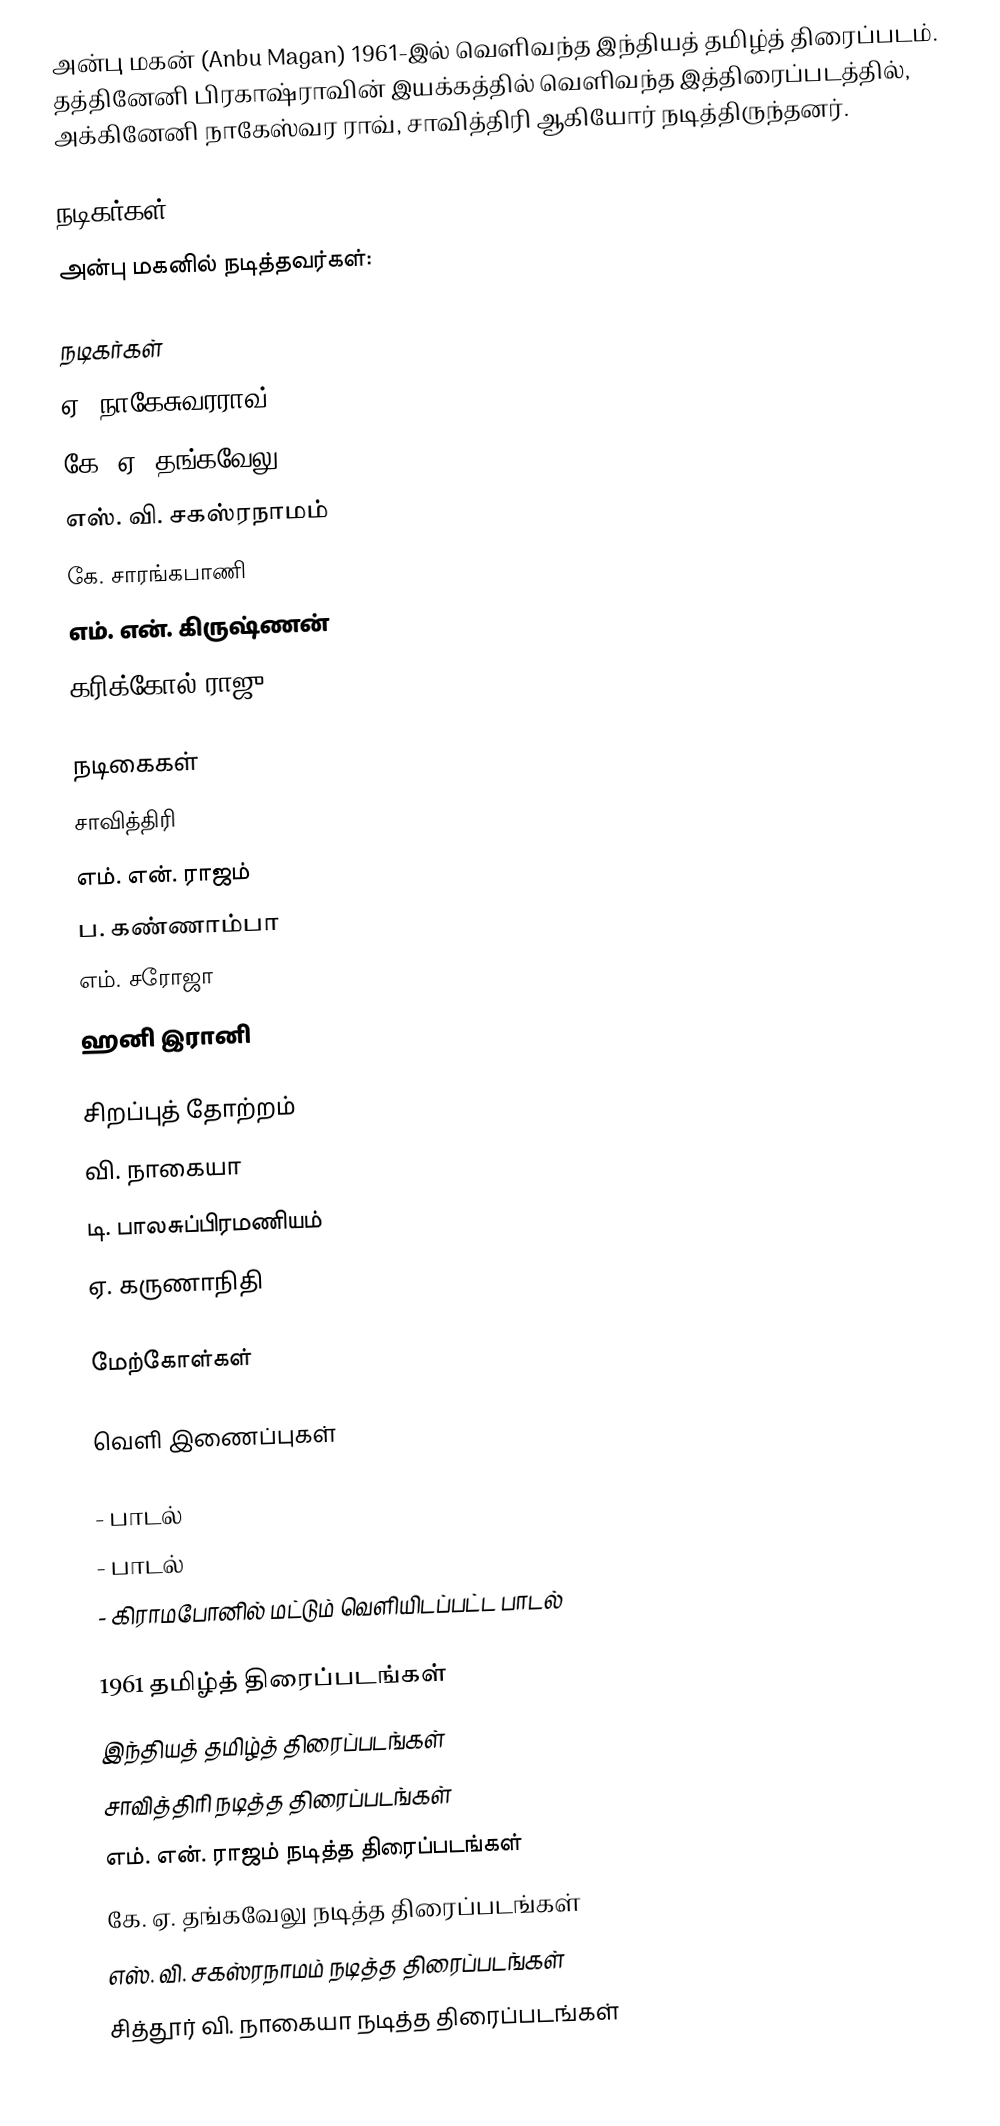
அன்பு மகன் (Anbu Magan) 1961-இல் வெளிவந்த இந்தியத் தமிழ்த் திரைப்படம். தத்தினேனி பிரகாஷ்ராவின் இயக்கத்தில் வெளிவந்த இத்திரைப்படத்தில், அக்கினேனி நாகேஸ்வர ராவ், சாவித்திரி ஆகியோர் நடித்திருந்தனர்.

நடிகர்கள்
அன்பு மகனில் நடித்தவர்கள்:

நடிகர்கள்
ஏ. நாகேசுவரராவ்
கே. ஏ. தங்கவேலு
எஸ். வி. சகஸ்ரநாமம்
கே. சாரங்கபாணி
எம். என். கிருஷ்ணன்
கரிக்கோல் ராஜு

நடிகைகள்
சாவித்திரி
எம். என். ராஜம்
ப. கண்ணாம்பா
எம். சரோஜா
ஹனி இரானி

சிறப்புத் தோற்றம்
வி. நாகையா
டி. பாலசுப்பிரமணியம்
ஏ. கருணாநிதி

மேற்கோள்கள்

வெளி இணைப்புகள்

 - பாடல்
 - பாடல்
 - கிராமபோனில் மட்டும் வெளியிடப்பட்ட பாடல்

1961 தமிழ்த் திரைப்படங்கள்
இந்தியத் தமிழ்த் திரைப்படங்கள்
சாவித்திரி நடித்த திரைப்படங்கள்
எம். என். ராஜம் நடித்த திரைப்படங்கள்
கே. ஏ. தங்கவேலு நடித்த திரைப்படங்கள்
எஸ். வி. சகஸ்ரநாமம் நடித்த திரைப்படங்கள்
சித்தூர் வி. நாகையா நடித்த திரைப்படங்கள்